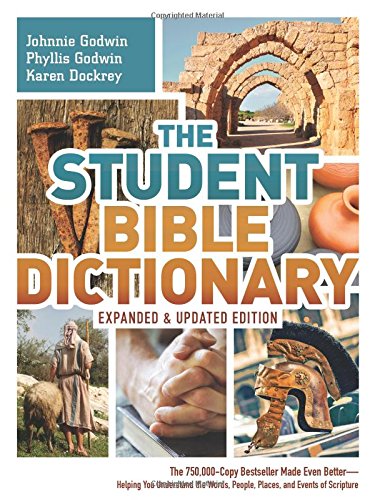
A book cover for Student Bible Dictionary--Expanded and Updated Edition:  The 750,000 Copy Bestseller Made Even Better--Helping You Understand the Words, People, Places, and Events of Scripture; Johnnie Godwin; Christian Books & Bibles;